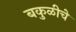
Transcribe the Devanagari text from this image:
बकुळीचे